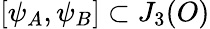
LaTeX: [\psi_{A},\psi_{B}]\subset J_{3}(O)